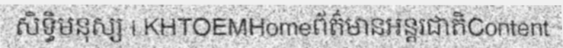
សិទ្ធិមនុស្ស | KHTOEMHomeព័ត៌មានអន្តរជាតិContent